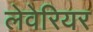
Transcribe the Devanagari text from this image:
लेवेरियर